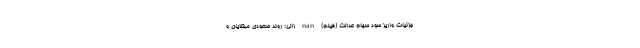
جزئیات واریز سود سهام عدالت (فیلم) nan زالی: روند صعودی مبتلایان و